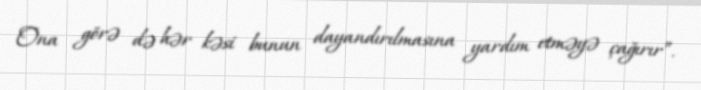
Ona görə də hər kəsi bunun dayandırılmasına yardım etməyə çağırır”.